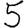
Digit: 5